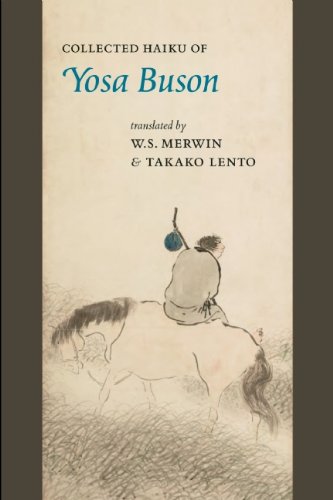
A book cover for Collected Haiku of Yosa Buson; Yosa Buson; Literature & Fiction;